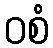
ဝစံ